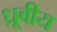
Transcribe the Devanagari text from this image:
ध्रूवीय